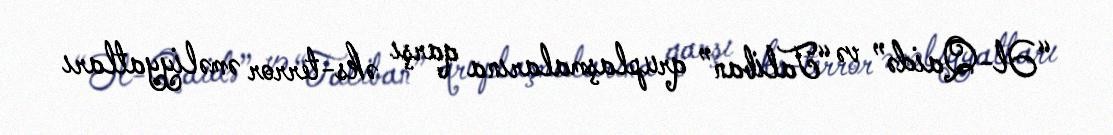
“Əl-Qaidə” və “Taliban” qruplaşmalarına qarşı əks-terror əməliyyatları